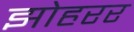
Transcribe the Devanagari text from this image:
झोहरर